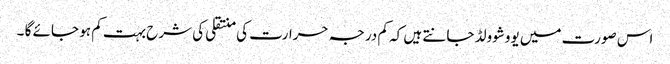
اس صورت میں یووشوولڈ جانتے ہیں کہ کم درجہ حرارت کی منتقلی کی شرح بہت کم ہو جائے گا ۔